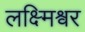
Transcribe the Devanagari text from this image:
लक्ष्मिश्वर